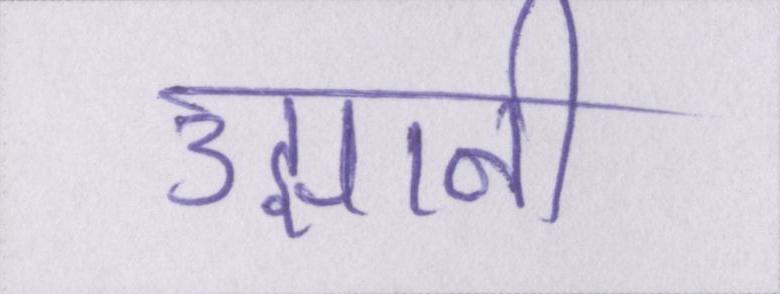
उझानी